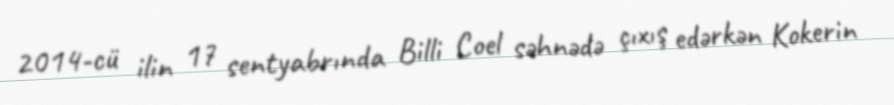
2014-cü ilin 17 sentyabrında Billi Coel səhnədə çıxış edərkən Kokerin